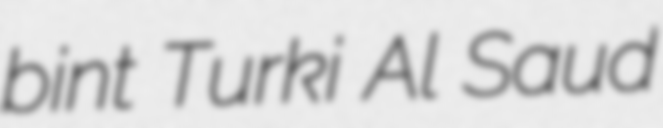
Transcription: bint Turki Al Saud